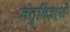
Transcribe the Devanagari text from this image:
जंतुविज्ञानी